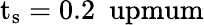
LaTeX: \mathrm{{t_{s}=0.2\ \ upmum}}